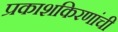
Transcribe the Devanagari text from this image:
प्रकाशकिरणांची